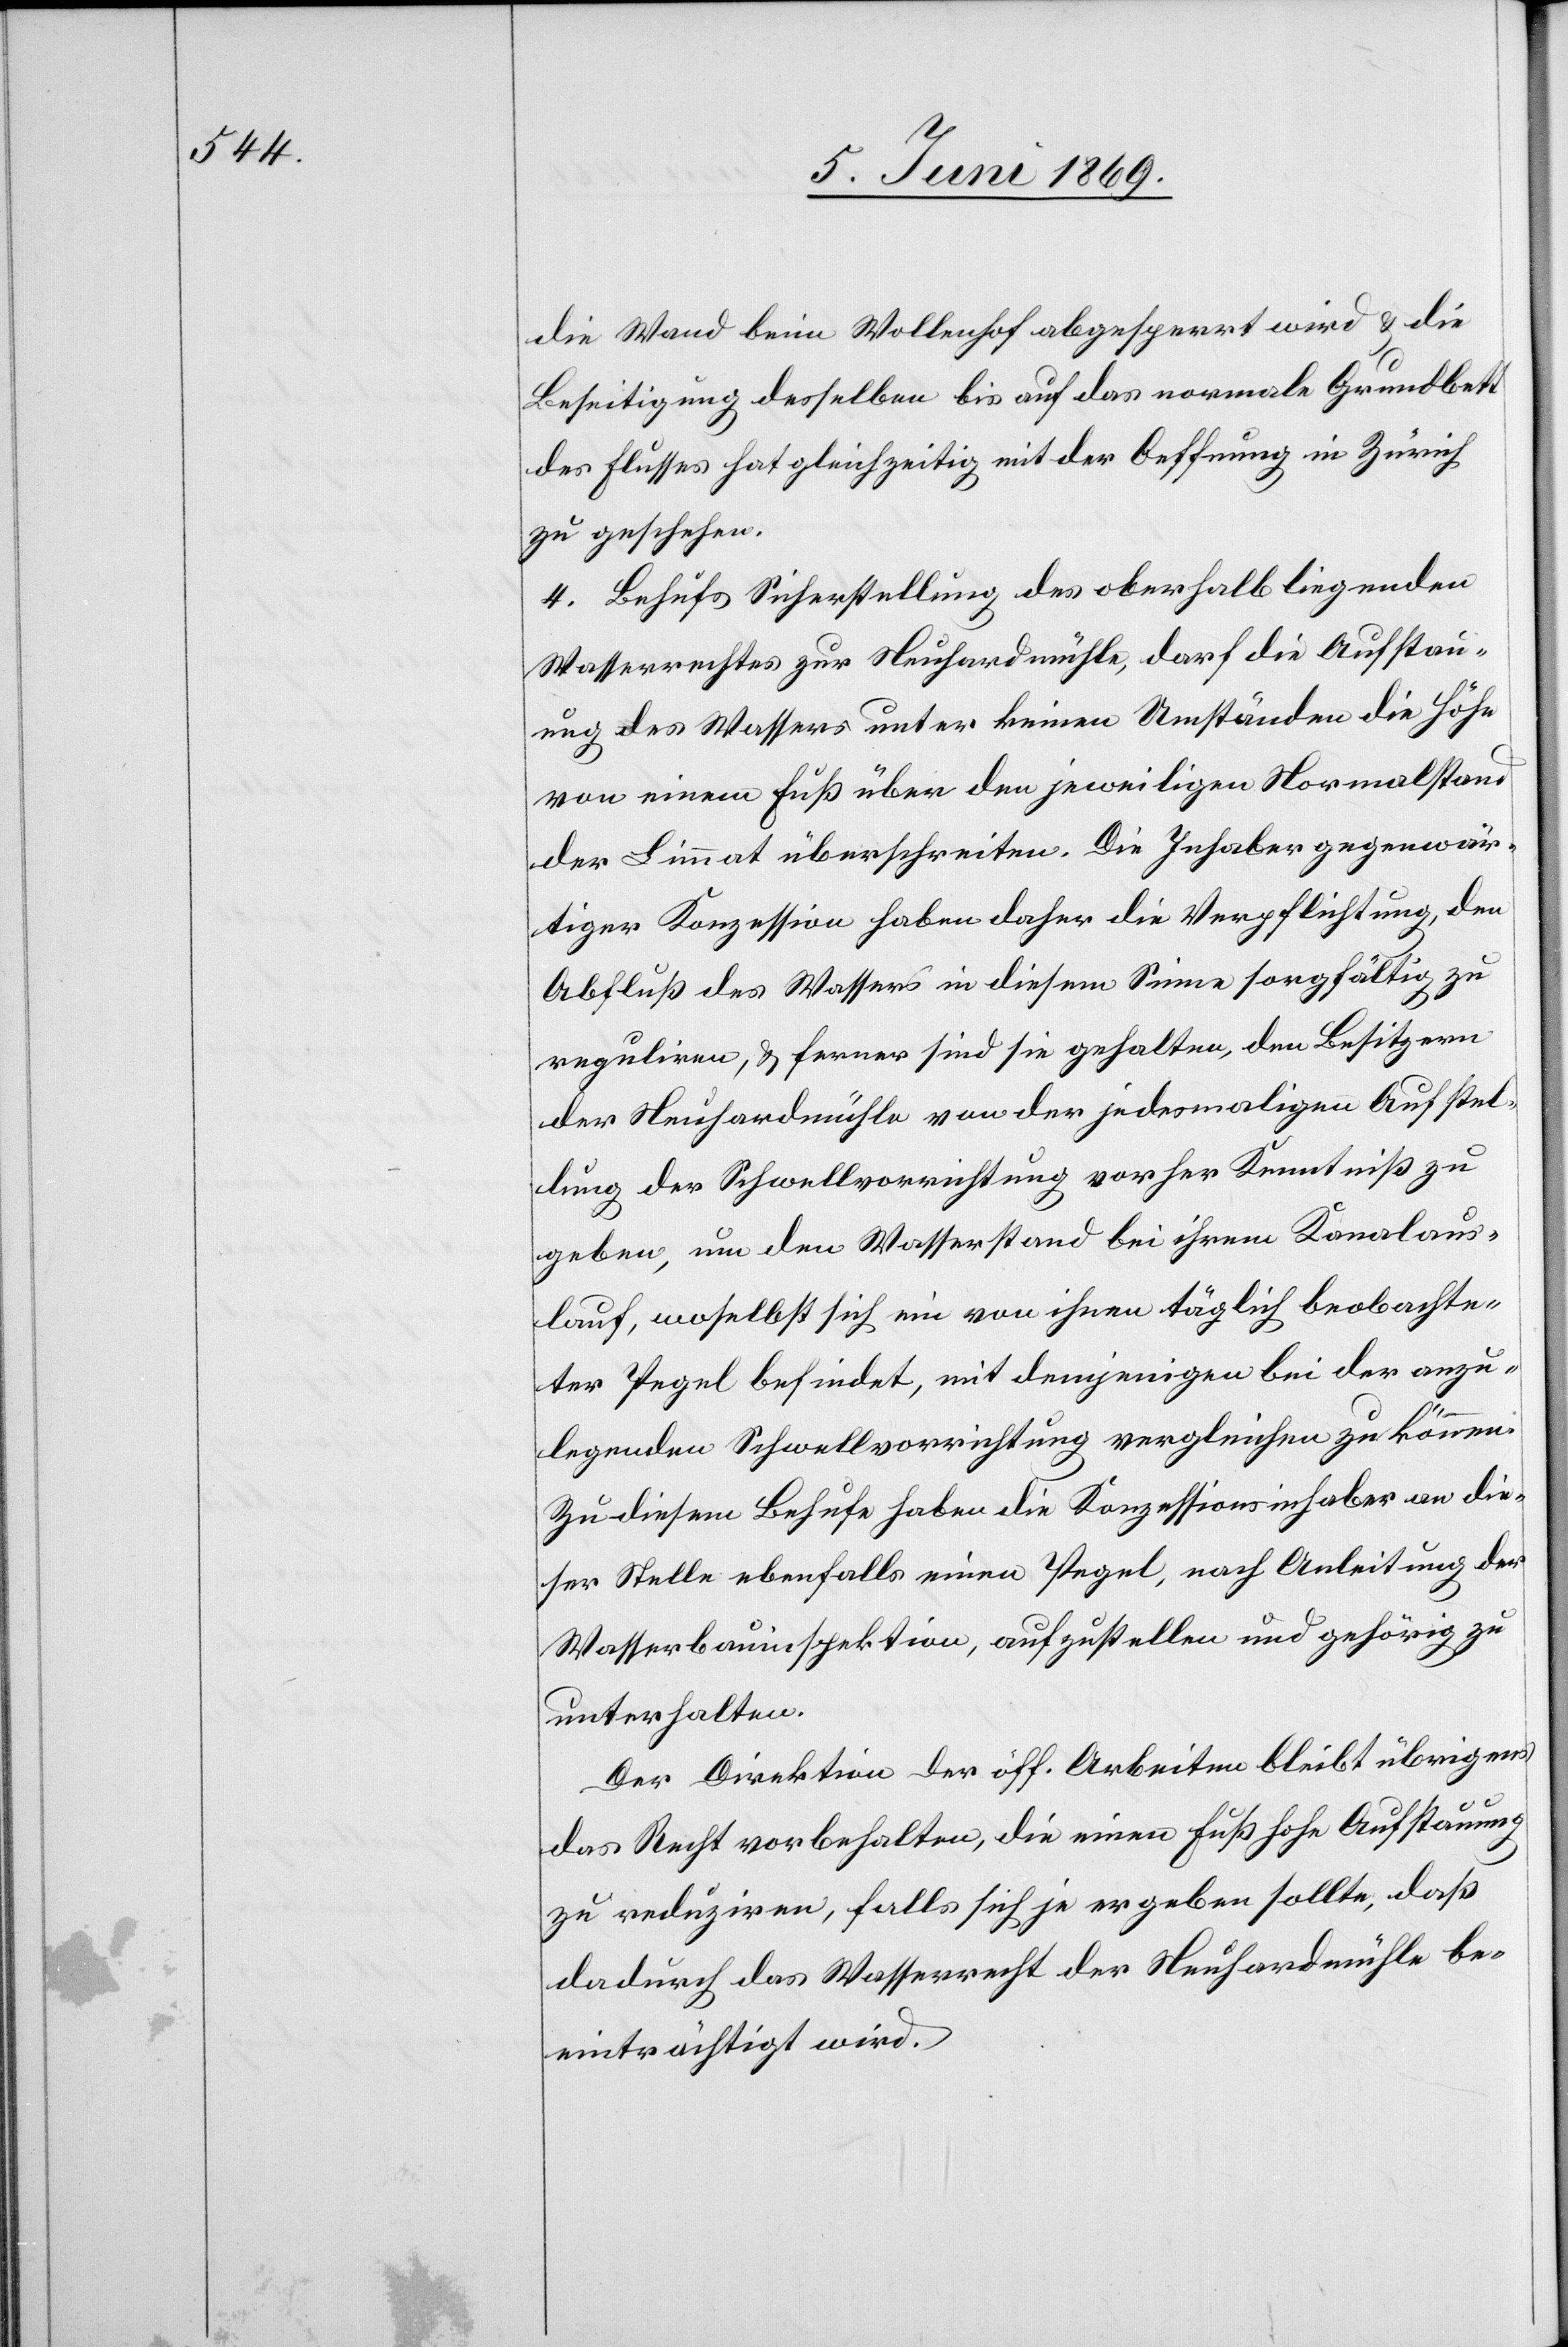
die Wand beim Wollenhof abgesperrt wird u. die
Beseitigung desselben bis auf das normale Grundbett
des Flusses hat gleichzeitig mit der Oeffnung in Zürich
zu geschehen.
4. Behufs Sicherstellung des oberhalb liegenden
Wasserrechtes zur Neuhardmühle, darf die Aufstau¬
ung des Wassers unter keinen Umständen die Höhe
von einem Fuß über den jeweiligen Normalstand
der Limmat überschreiten. Die Inhaber gegenwär¬
tiger Konzession haben daher die Verpflichtung, den
Abfluß des Wassers in diesem Sinne sorgfältig zu
reguliren, u. ferner sind sie gehalten, den Besitzern
der Neuhardmühle von der jedesmaligen Aufstel¬
lung der Schwellvorrichtung vorher Kenntniß zu
geben, um den Wasserstand bei ihrem Kanalaus¬
lauf, woselbst sich ein von ihnen täglich beobachte¬
ter Pegel befindet, mit demjenigen bei der anzu¬
legenden Schwellvorrichtung vergleichen zu können.
Zu diesem Behufe haben die Konzessionsinhaber an die¬
ser Stelle ebenfalls einen Pegel, nach Anleitung der
Wasserbauinspektion, aufzustellen und gehörig zu
unterhalten.
Der Direktion der öff. Arbeiten bleibt übrigens
das Recht vorbehalten, die einen Fuß hohe Aufstauung
zu reduziren, falls sich je ergeben sollte, daß
dadurch das Wasserrecht der Neuhardmühle be¬
einträchtigt wird.